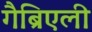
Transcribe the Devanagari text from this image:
गैब्रिएली